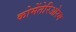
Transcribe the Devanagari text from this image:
कोमेंतेरिओरम